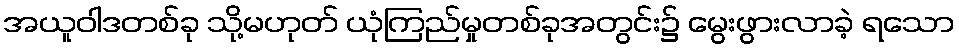
အယူဝါဒတစ်ခု သို့မဟုတ် ယုံကြည်မှုတစ်ခုအတွင်း၌ မွေးဖွားလာခဲ့ ရသော